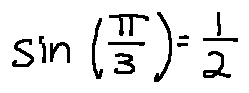
\sin ( \frac { \pi } { 3 } ) = \frac { 1 } { 2 }